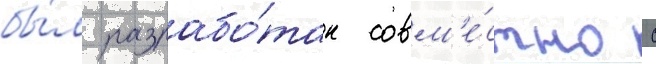
бы́л разрабо́тан совм'е́стно с